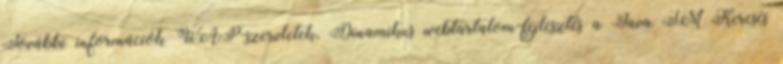
További információk WAP-szervletek, Dinamikus webtartalom-fejlesztés a Java TM Keresés